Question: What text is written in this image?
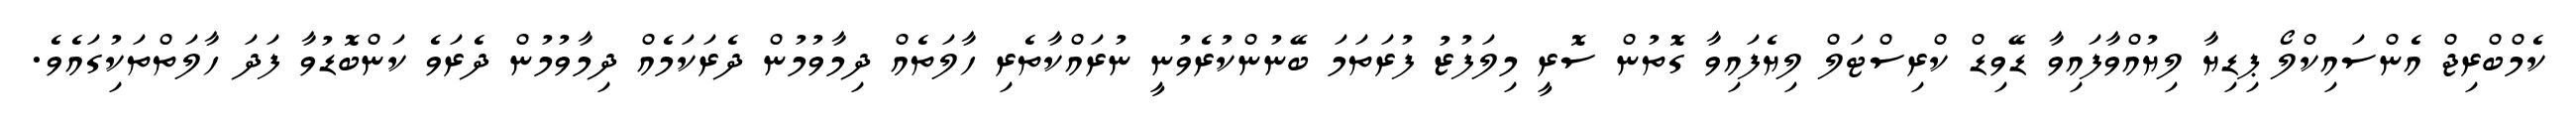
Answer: ކެމްބްރިޖް އެންސައިކްލޯ ޕިޑިޔާ ލިޔުއްވާފައިވާ ޑޭވިޑް ކްރިސްޓަލް ލިޔެފައިވާ ގޮތުން ސޮރީ މިލަފުޒު ފުރަތަމަ ބޭނުންކުރެވުނީ ނުރައްކާތެރި ހާލަތެއް ދިމާވުމުން ދެރަކަމެއް ދިމާވުމުން ދެރަވެ ކަންބޮޑުވާ ފަދަ ހާލަތްތަކިުގައެވެ.